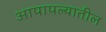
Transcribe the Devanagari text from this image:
आपापल्यातील